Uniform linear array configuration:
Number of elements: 32
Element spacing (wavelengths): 1
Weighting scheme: uniform
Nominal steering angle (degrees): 30
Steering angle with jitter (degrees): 29.034
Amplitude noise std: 0.05
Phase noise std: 0.05

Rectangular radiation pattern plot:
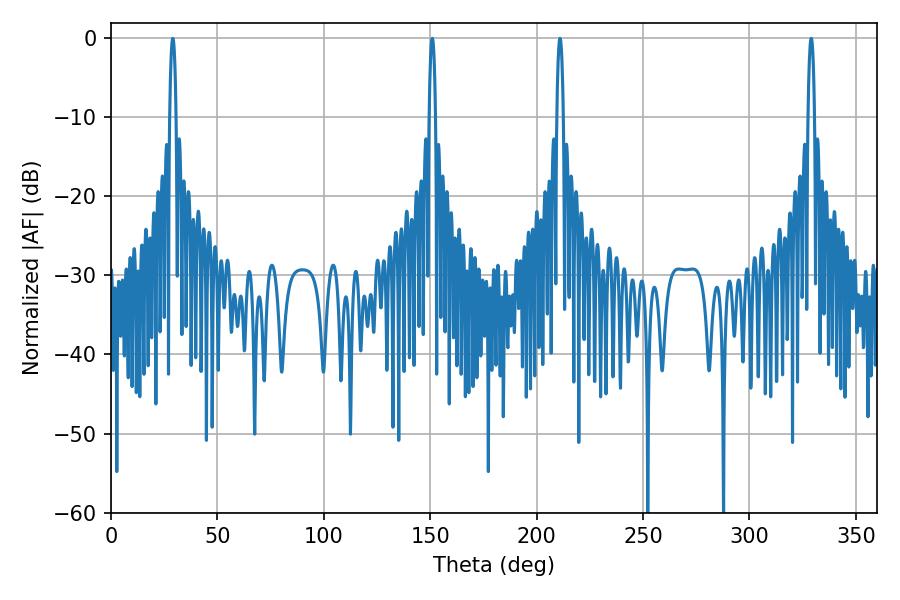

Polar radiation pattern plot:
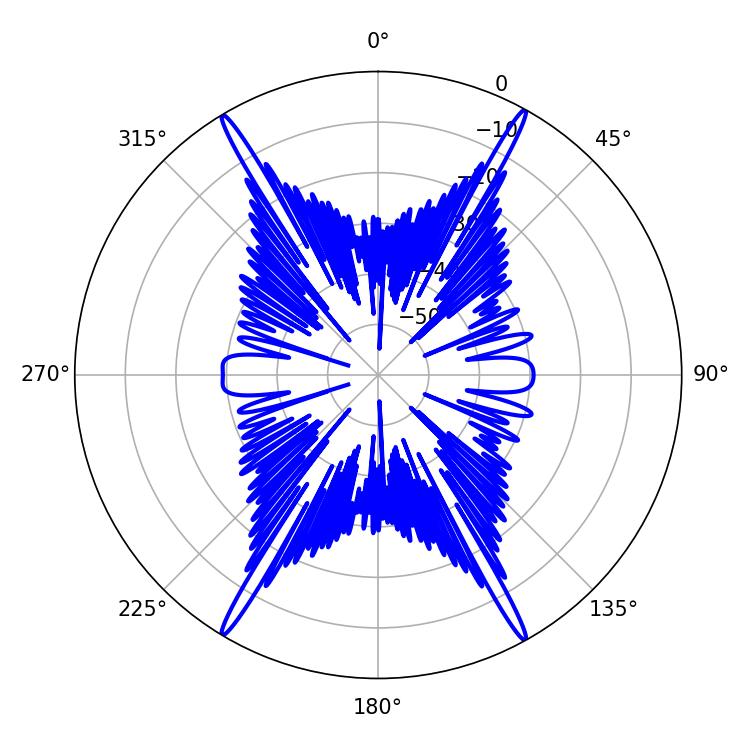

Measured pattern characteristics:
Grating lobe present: TRUE
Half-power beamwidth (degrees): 1.8
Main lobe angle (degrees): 210.96